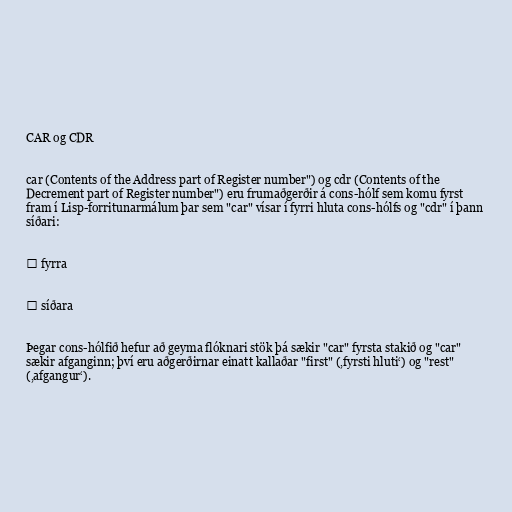
CAR og CDR

car (Contents of the Address part of Register number") og cdr (Contents of the
Decrement part of Register number") eru frumaðgerðir á cons-hólf sem komu fyrst
fram í Lisp-forritunarmálum þar sem "car" vísar í fyrri hluta cons-hólfs og "cdr" í þann
síðari:

⇒ fyrra

⇒ síðara

Þegar cons-hólfið hefur að geyma flóknari stök þá sækir "car" fyrsta stakið og "car"
sækir afganginn; því eru aðgerðirnar einatt kallaðar "first" (‚fyrsti hluti‘) og "rest"
(‚afgangur‘).